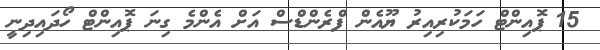
15 ޕޮއިންޓް ހަމަކުރިއިރު ޔޫއެން ފްރެންޑްސް އަށް އެންމެ ގިނަ ޕޮއިންޓް ހޯދައިދިނީ